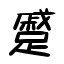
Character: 蹙